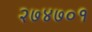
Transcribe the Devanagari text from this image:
२७४७०१